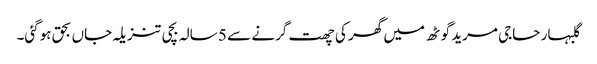
گلبہار حاجی مرید گوٹھ میں گھر کی چھت گرنے سے 5 سالہ بچی تنزیلہ جاں بحق ہوگئی۔